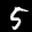
Label: 5